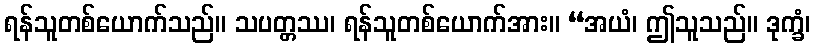
ရန်သူတစ်ယောက်သည်။ သပတ္တဿ၊ ရန်သူတစ်ယောက်အား။ “အယံ၊ ဤသူသည်။ ဒုက္ခံ၊